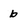
Character: b